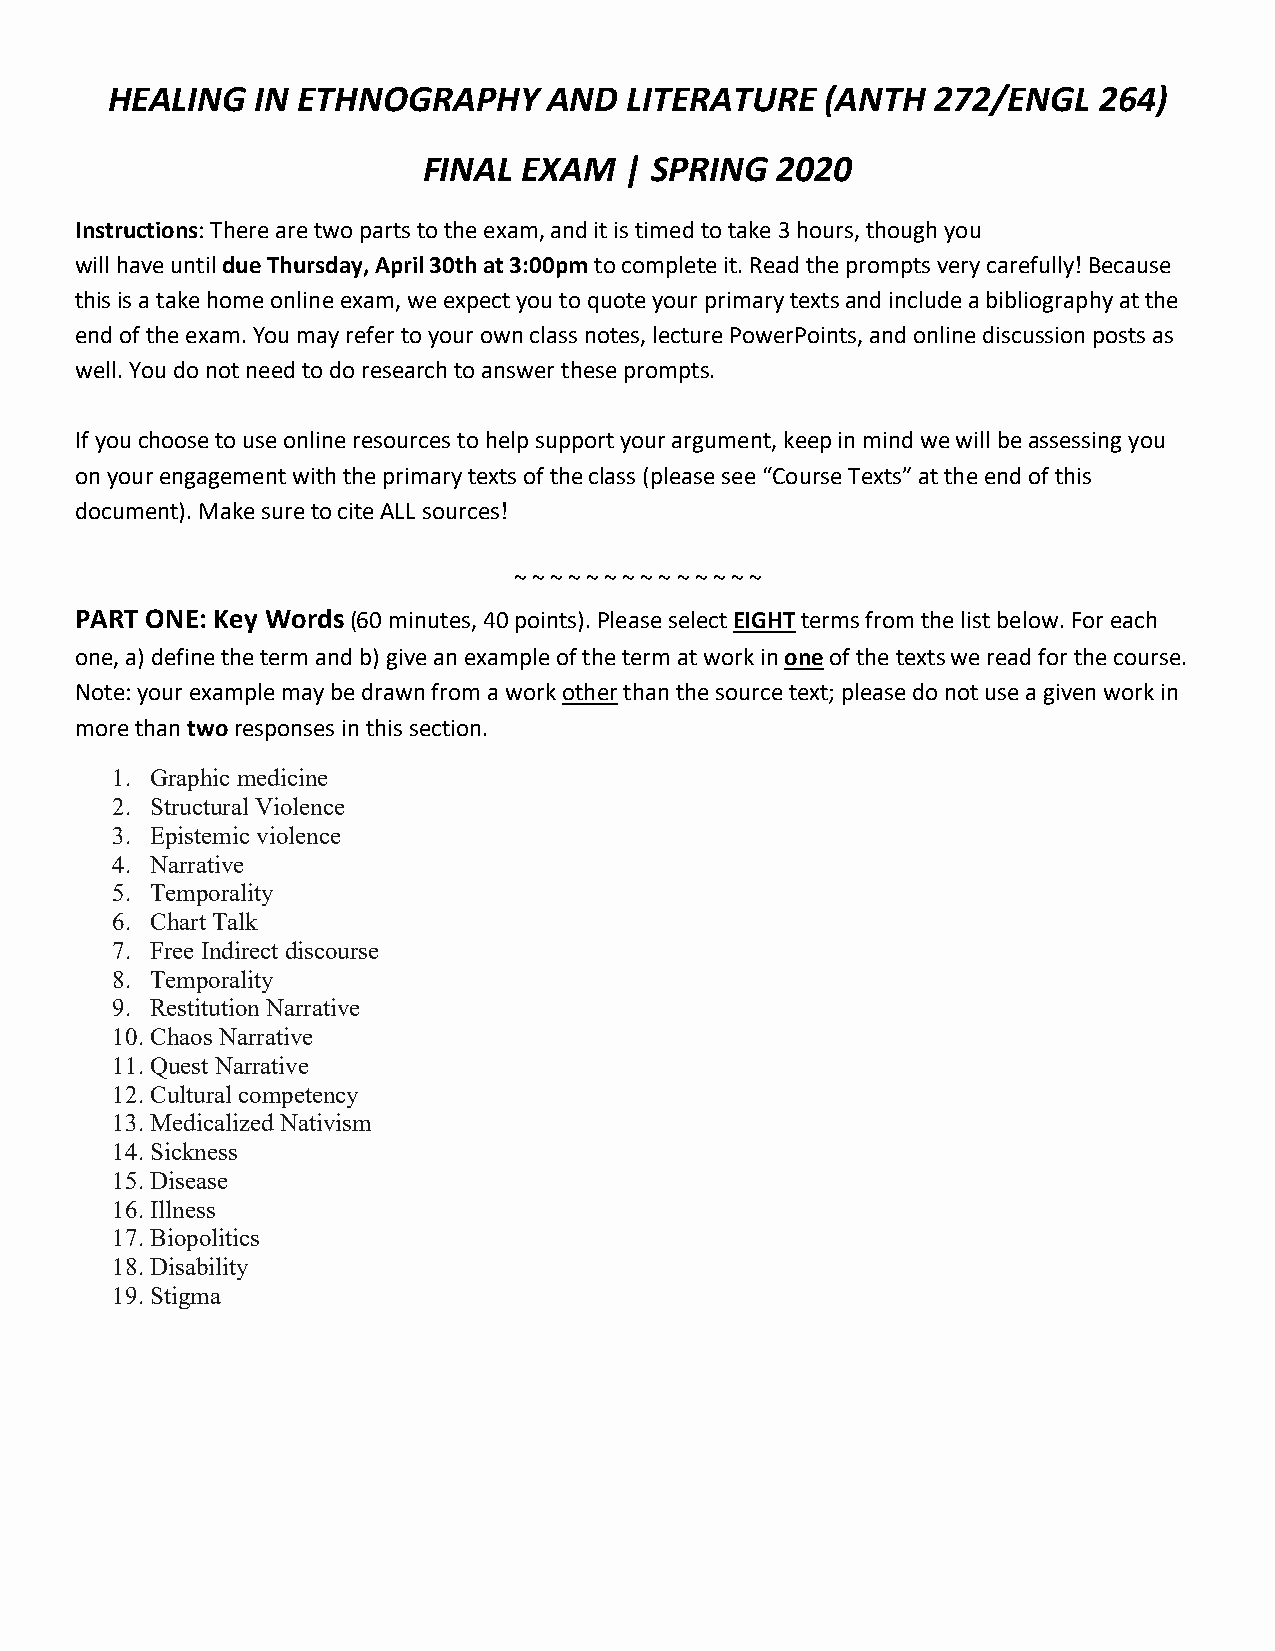
HEALING   IN ETHNOGRAPHY     AND   LITERATURE   (ANTH  272/ENGL   264)
 FINAL  EXAM  | SPRING  2020
 Instructions: There are two parts to the exam, and it is timed to take 3 hours, though you
 will have until due Thursday, April 30th at 3:00pm to complete it. Read the prompts very carefully! Because
 this is a take home online exam, we expect you to quote your primary texts and include a bibliography at the
 end of the exam. You may refer to your own class notes, lecture PowerPoints, and online discussion posts as
 well. You do not need to do research to answer these prompts.
 If you choose to use online resources to help support your argument, keep in mind we will be assessing you
 on your engagement with the primary texts of the class (please see “Course Texts” at the end of this
 document). Make sure to cite ALL sources!
 ~ ~ ~ ~ ~ ~ ~ ~ ~ ~ ~ ~ ~ ~
 PART ONE: Key Words (60 minutes, 40 points). Please select EIGHT terms from the list below. For each
 one, a) define the term and b) give an example of the term at work in one of the texts we read for the course.
 Note: your example may be drawn from a work other than the source text; please do not use a given work in
 more than two responses in this section.
 1. Graphic medicine
 2. Structural Violence
 3. Epistemic violence
 4. Narrative
 5. Temporality
 6. Chart Talk
 7. Free Indirect discourse
 8. Temporality
 9. Restitution Narrative
 10. Chaos Narrative
 11. Quest Narrative
 12. Cultural competency
 13. Medicalized Nativism
 14. Sickness
 15. Disease
 16. Illness
 17. Biopolitics
 18. Disability
 19. Stigma